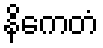
နိကေတံ